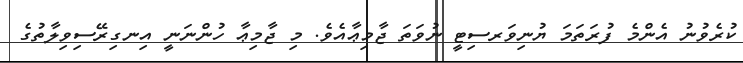
ކުރެވުނު އެންމެ ފުރަތަމަ ޔުނިވަރސިޓީ ނުވަތަ ޖާމިޢާއެވެ. މި ޖާމިޢާ ހުންނަނީ އިނގިރޭސިވިލާތުގެ